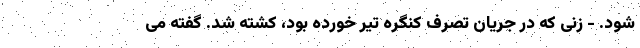
شود. - زنی که در جریان تصرف کنگره تیر خورده بود، کشته شد. گفته می